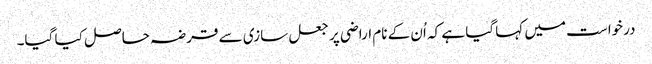
درخواست میں کہا گیا ہے کہ اُن کے نام اراضی پر جعل سازی سے قرضہ حاصل کیا گیا۔